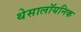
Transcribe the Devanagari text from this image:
थेसालॉयनिक